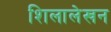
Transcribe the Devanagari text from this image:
शिलालेखन